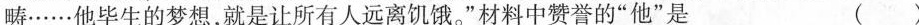
畴……他毕生的梦想，就是让所有人远离饥饿。”材料中赞誉的”他”是( )